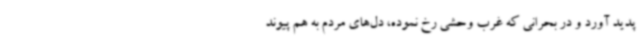
پدید آورد و در بحرانی که غرب وحشی رخ نموده، دل‌های مردم به هم پیوند